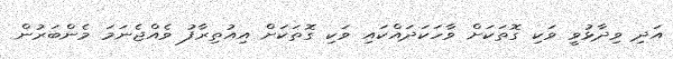
އަދި ވިދާޅުވީ ވަކި ގޮތަކަށް ވާހަކަދައްކައި ވަކި ގޮތަކަށް އިއުތިރާފު ވެއްޖެނަމަ މެންބަރުން